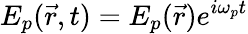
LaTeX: E_{p}(\vec{r},t)=E_{p}(\vec{r})e^{i\omega_{p}t}